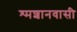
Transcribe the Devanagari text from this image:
श्मशानवासी